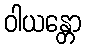
ဝါယန္တော